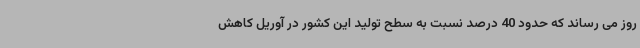
روز می رساند که حدود 40 درصد نسبت به سطح تولید این کشور در آوریل کاهش